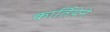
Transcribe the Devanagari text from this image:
कार्तियेने